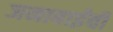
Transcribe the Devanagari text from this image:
जनाबाईंची